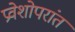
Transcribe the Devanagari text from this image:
प्रवेशोपरांत